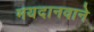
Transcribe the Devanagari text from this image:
मयदानवाने